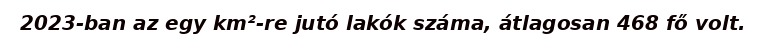
2023-ban az egy km²-re jutó lakók száma, átlagosan 468 fő volt.